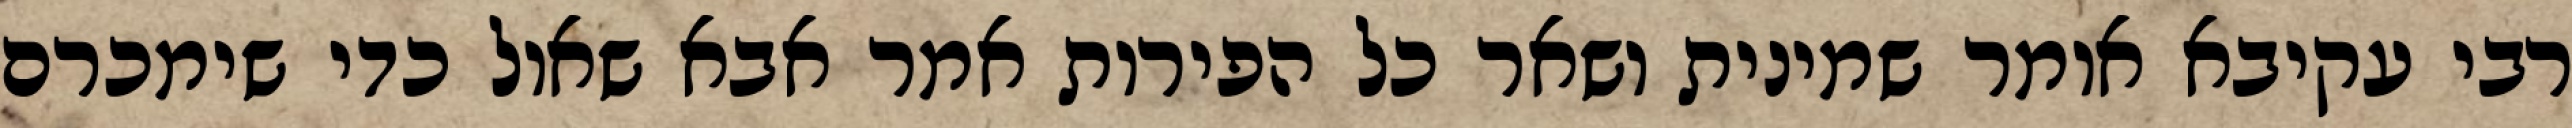
רבי עקיבא אומר שמינית ושאר כל הפירות אמר אבא שאול כדי שימכרם